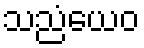
သညံယေဝ